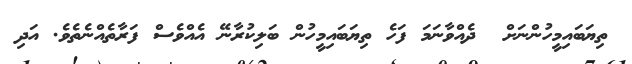
ތިޔަބައިމީހުންނަށް  ދެއްވާނަމަ ފަހެ ތިޔަބައިމީހުން ބަލިކުރާނޭ އެއްވެސް ފަރާތެއްނެތެވެ. އަދި